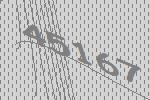
45167